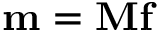
{ \bf { m } } = { \bf { M f } }